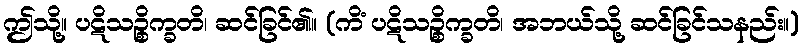
ဤသို့။ ပဋိသဉ္စိက္ခတိ၊ ဆင်ခြင်၏။ (ကိံ ပဋိသဉ္စိက္ခတိ၊ အဘယ်သို့ ဆင်ခြင်သနည်း။)